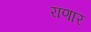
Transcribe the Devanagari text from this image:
राणार